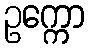
ဥက္ကော